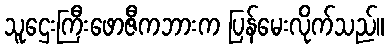
သူဌေးကြီးဖောဇီကဘားက ပြန်မေးလိုက်သည်။